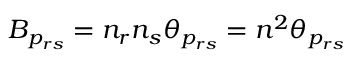
B _ { p _ { r s } } = n _ { r } n _ { s } \theta _ { p _ { r s } } = n ^ { 2 } \theta _ { p _ { r s } }